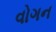
વોગન